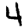
Digit: 4